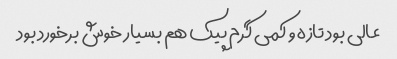
عالی بود تازه و کمی گرم پیک هم بسیار خوش برخورد بود